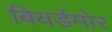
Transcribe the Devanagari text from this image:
बियर्डमोर